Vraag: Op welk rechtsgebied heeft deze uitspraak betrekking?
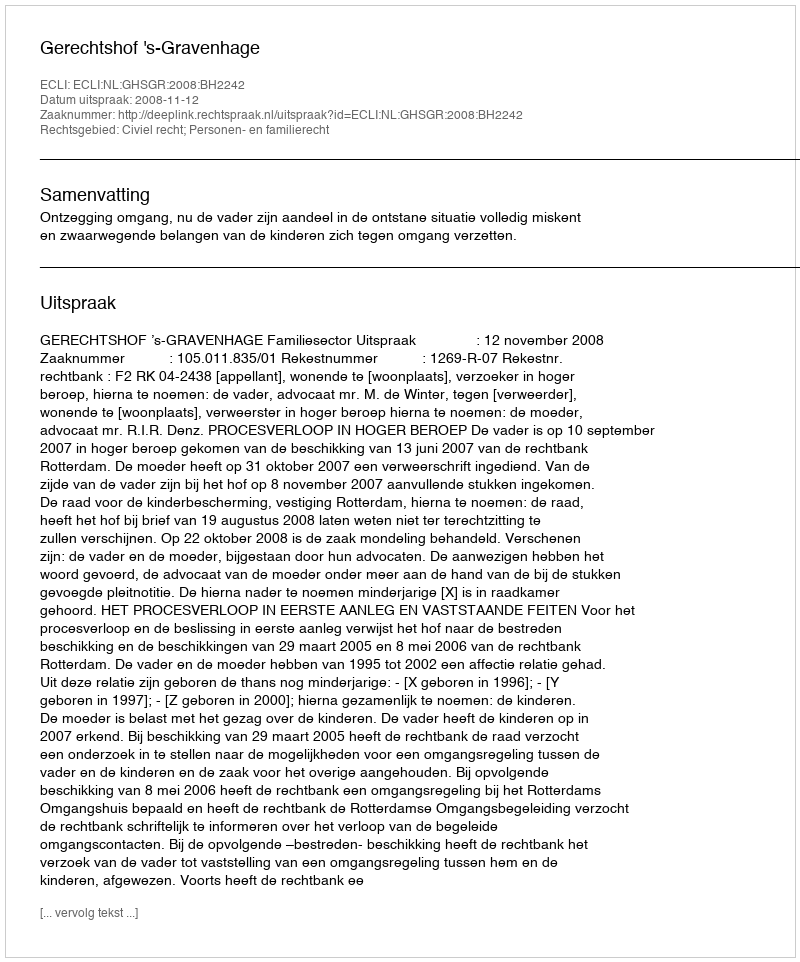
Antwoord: Civiel recht; Personen- en familierecht